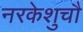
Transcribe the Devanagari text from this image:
नरकेशुचौ